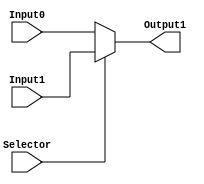
`timescale 1ns/1ns
module mux_2_to_1_32bits (Input0, Input1, Selector, Output1);
    input [31:0] Input0, Input1;
    input Selector;
    
    output reg [31:0] Output1;
    
    always @(*)
    begin
        Output1 = (Selector == 1'b0) ? Input0 : Input1;
    end
endmodule